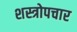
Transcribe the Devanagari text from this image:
शस्त्रोपचार